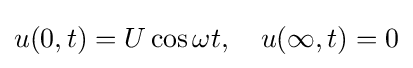
u(0,t)=U\cos \omega t,\quad u(\infty ,t)=0